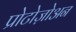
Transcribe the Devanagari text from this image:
प्रोटोज़ोअन